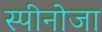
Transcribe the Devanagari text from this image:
स्पीनोजा